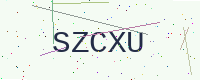
Text: SZCXU